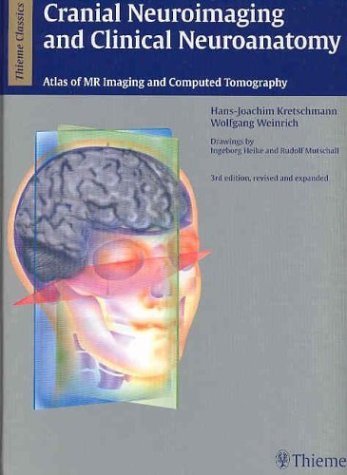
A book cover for Cranial Neuroimaging and Clinical Neuroanatomy: Magnetic Resonance Imaging andComputed Tomography (Thieme Classics); Hans-Joachim Kretschmann; Medical Books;